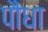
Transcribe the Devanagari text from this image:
पौंधा